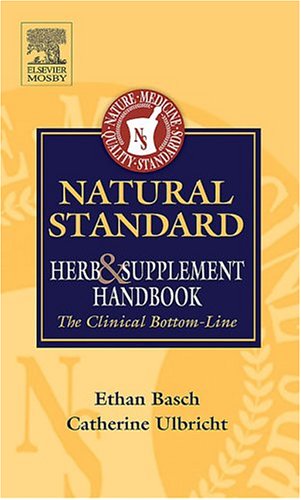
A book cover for Natural Standard Herb and Supplement Handbook: The Clinical Bottom Line; Ethan M. Basch; Health, Fitness & Dieting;